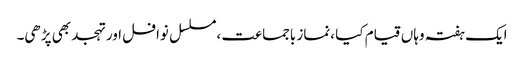
ایک ہفتہ وہاں قیام کیا ،نماز باجماعت ،مسلسل نوافل اور تہجد بھی پڑھی۔